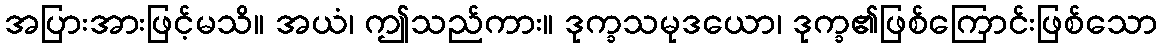
အပြားအားဖြင့်မသိ။ အယံ၊ ဤသည်ကား။ ဒုက္ခသမုဒယော၊ ဒုက္ခ၏ဖြစ်ကြောင်းဖြစ်သော